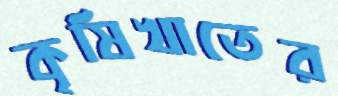
কৃষিখাতের